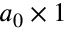
a _ { 0 } \times 1